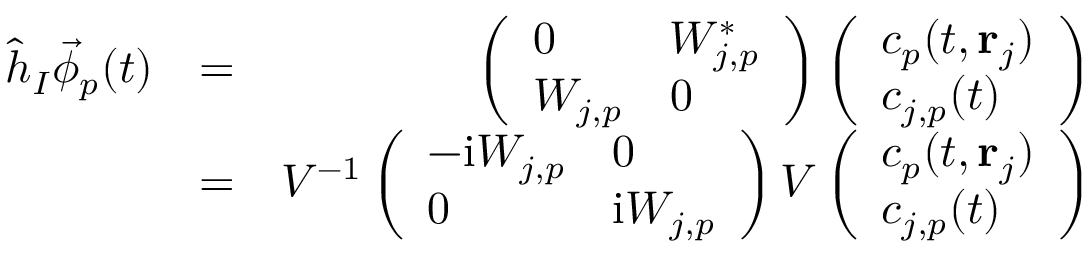
\begin{array} { r l r } { \hat { h } _ { I } \vec { \phi } _ { p } ( t ) } & { = } & { \left( \begin{array} { l l } { 0 } & { W _ { j , p } ^ { * } } \\ { W _ { j , p } } & { 0 } \end{array} \right) \left( \begin{array} { l } { c _ { p } ( t , { \bf r } _ { j } ) } \\ { c _ { j , p } ( t ) } \end{array} \right) } \\ & { = } & { V ^ { - 1 } \left( \begin{array} { l l } { - \mathrm { i } W _ { j , p } } & { 0 } \\ { 0 } & { \mathrm { i } W _ { j , p } } \end{array} \right) V \left( \begin{array} { l } { c _ { p } ( t , { \bf r } _ { j } ) } \\ { c _ { j , p } ( t ) } \end{array} \right) } \end{array}